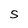
Character: S